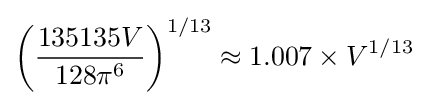
\left({\frac {135135V}{128\pi ^{6}}}\right)^{1/13}\approx 1.007\times V^{1/13}